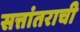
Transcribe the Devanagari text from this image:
सत्तांतराची